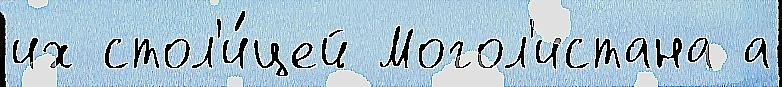
их стол'и́цей Могол'истана а